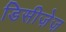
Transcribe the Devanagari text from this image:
डिसीज़ेज़